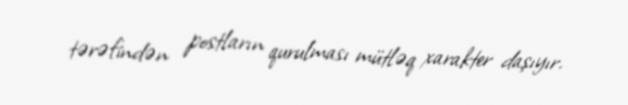
tərəfindən postların qurulması mütləq xarakter daşıyır.